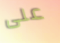
على